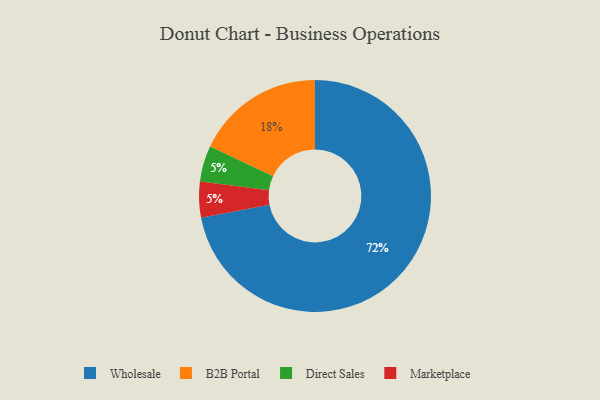
{"axis": {"x": "Category", "y": "Percentage"}, "legend": ["B2B Portal", "Direct Sales", "Marketplace", "Wholesale"], "data": [{"x": "Direct Sales", "y": 5, "type": "Direct Sales"}, {"x": "B2B Portal", "y": 18, "type": "B2B Portal"}, {"x": "Wholesale", "y": 72, "type": "Wholesale"}, {"x": "Marketplace", "y": 5, "type": "Marketplace"}]}